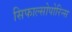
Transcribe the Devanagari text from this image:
सिफाल्सोपोरिन्स